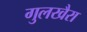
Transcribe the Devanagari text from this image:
गुलखैरा